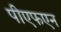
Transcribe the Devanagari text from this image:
पीएफएन